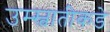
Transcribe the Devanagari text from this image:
उम्स्वातीकडे